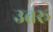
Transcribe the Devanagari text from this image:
उत्तरू